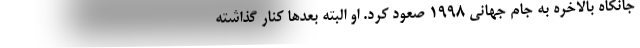
جانکاه بالاخره به جام جهانی 1998 صعود کرد. او البته بعدها کنار گذاشته